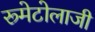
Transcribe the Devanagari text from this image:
रूमेटोलाजी